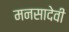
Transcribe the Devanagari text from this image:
मनसादेवी